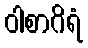
ဝါစာဂိရံ